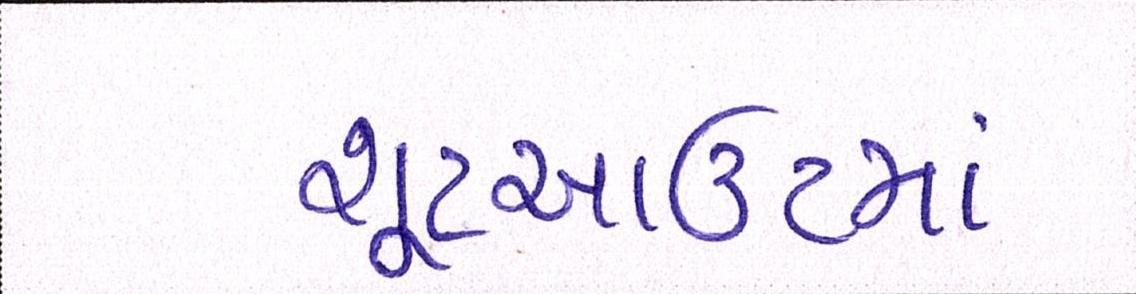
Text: શૂટઆઉટમાં